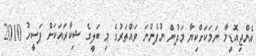
އެންޖިއޮޑީމާ ނަމަކަށްކިޔާ މަދުން ނުފެންނަ ވައްތަރުގެ މި ބަލީގެ ޝިކާރައަކަށް ފަސީހު 2010